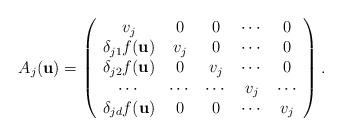
LaTeX: \begin{align*}A_{j}(\textbf{u}) = \left( \begin{array}{ccccc}v_{j} &0 & 0 & \cdots & 0\\\delta_{j1} f(\textbf{u}) & v_{j} & 0 & \cdots & 0 \\\delta_{j2} f(\textbf{u}) & 0 & v_{j} & \cdots & 0 \\\cdots & \cdots & \cdots & v_{j} & \cdots \\\delta_{jd} f(\textbf{u}) & 0 & 0 & \cdots & v_{j} \\\end{array} \right).\end{align*}